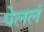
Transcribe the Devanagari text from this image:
पेललं